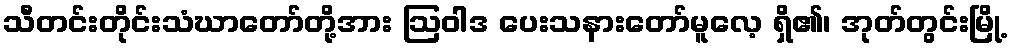
သီတင်းတိုင်းသံဃာတော်တို့အား ဩဝါဒ ပေးသနားတော်မူလေ့ ရှိ၏၊ အုတ်တွင်းမြို့